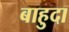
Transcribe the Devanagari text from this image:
बाहुदा